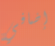
إضافي